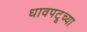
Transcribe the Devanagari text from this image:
धावपटूच्या